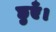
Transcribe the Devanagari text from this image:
छुएँ।